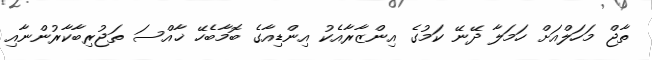
ތާޖް މަހަލްއަށް ހަމަލާ ދޭނޭ ކަމުގެ އިންޒާރާއެކު އިންޑިއާގެ ބޮމާބެހޭ ޚާއްސަ ތަޖުރިބާކާރުންނާއި